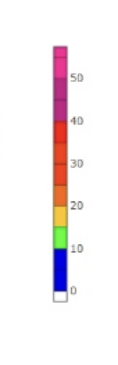
Blue: 0 to 10
Green: 10 to 15
Yellow: 15 to 20
Orange: 20 to 25
Dark Orange: 25 to 30
Red: 30 to 35
Dark Red: 35 to 40
Magenta: 40 to 50
Pink: 50 to 60